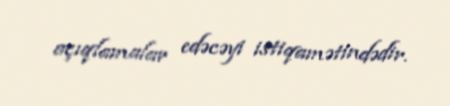
açıqlamalar edəcəyi istiqamətindədir.